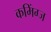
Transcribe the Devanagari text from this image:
कमिंग्ज